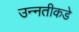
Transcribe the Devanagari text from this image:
उन्‍नतीकडे